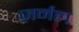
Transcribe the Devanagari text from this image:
ज़र्नल